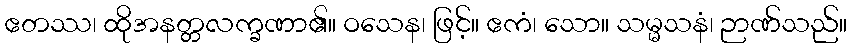
ဧတဿ၊ ထိုအနတ္တလက္ခဏာ၏။ ဝသေန၊ ဖြင့်။ ဧကံ၊ သော။ သမ္မသနံ၊ ဉာဏ်သည်။